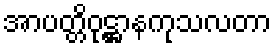
အာပတ္တိဝုဋ္ဌာနကုသလတာ